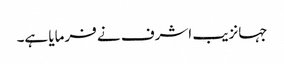
جہانزیب اشرف نے فرمایا ہے۔